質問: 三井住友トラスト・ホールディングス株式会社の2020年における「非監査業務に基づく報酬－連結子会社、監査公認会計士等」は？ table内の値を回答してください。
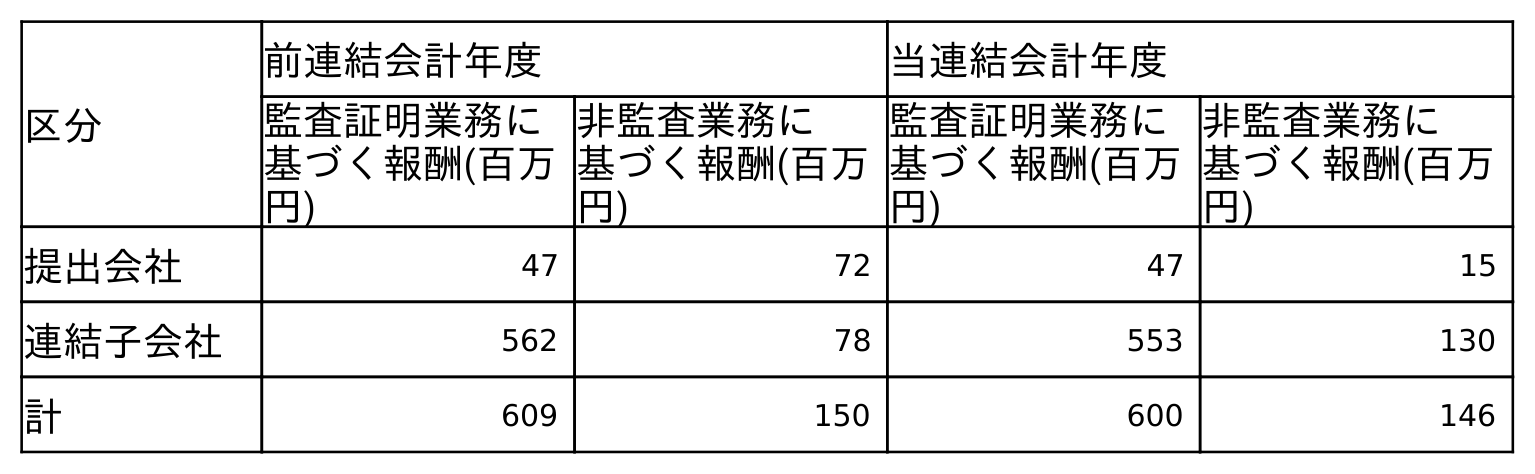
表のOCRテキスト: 区分 前連結会計年度 当連結会計年度 監査証明業務に 基づく報酬(百万 円) 非監査業務に 基づく報酬(百万 円) 監査証明業務に 基づく報酬(百万 円) 非監査業務に 基づく報酬(百万 円) 提出会社 47 72 47 15 連結子会社 562 78 553 130 計 609 150 600 146
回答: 130